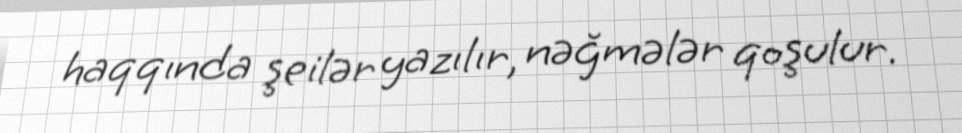
haqqında şeilər yazılır, nəğmələr qoşulur.